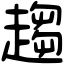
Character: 趨